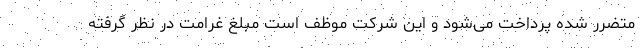
متضرر شده پرداخت می‌شود و این شرکت موظف است مبلغ غرامت در نظر گرفته